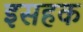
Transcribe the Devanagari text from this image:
इसहक